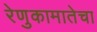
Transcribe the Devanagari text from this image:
रेणुकामातेचा